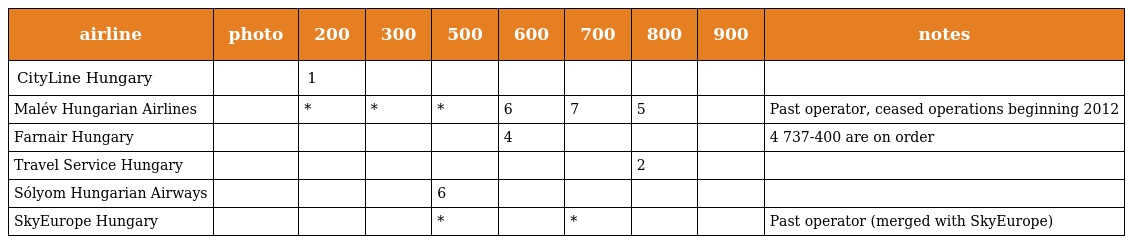
| airline | photo | 200 | 300 | 500 | 600 | 700 | 800 | 900 | notes |
 | --- | --- | --- | --- | --- | --- | --- | --- | --- | --- |
 | CityLine Hungary |  | 1 |  |  |  |  |  |  |  |
 | Malév Hungarian Airlines |  | * | * | * | 6 | 7 | 5 |  | Past operator, ceased operations beginning 2012 |
 | Farnair Hungary |  |  |  |  | 4 |  |  |  | 4 737-400 are on order |
 | Travel Service Hungary |  |  |  |  |  |  | 2 |  |  |
 | Sólyom Hungarian Airways |  |  |  | 6 |  |  |  |  |  |
 | SkyEurope Hungary |  |  |  | * |  | * |  |  | Past operator (merged with SkyEurope) |